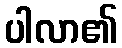
ပါလာ၏